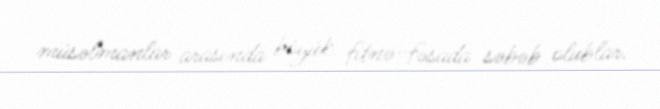
müsəlmanlar arasında böyük fitnə-fəsada səbəb olublar.